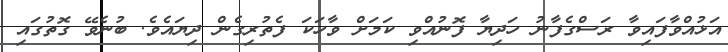
އަޅުއްވާފައިވާ ރަސްގެފާނު ހަދިޔާ ފޮނުއްވި ކަމަށް ވާހަކަ ފެތުރިގެން ދިޔައެވެ. ބުނެވޭ ގޮތުގައި